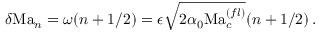
\delta \mathrm { M a } _ { n } = \omega ( n + 1 / 2 ) = \epsilon \sqrt { 2 \alpha _ { 0 } \mathrm { M a } _ { c } ^ { ( f l ) } } ( n + 1 / 2 ) \, . \